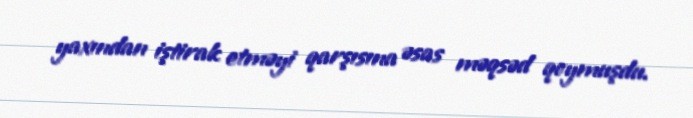
yaxından iştirak etməyi qarşısına əsas məqsəd qoymuşdu.